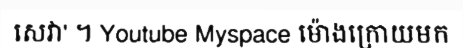
សេវា' ។ Youtube Myspace ម៉ោងក្រោយមក